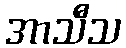
အာသီသ